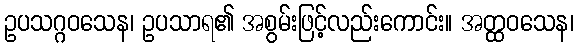
ဥပသဂ္ဂဝသေန၊ ဥပသာရ၏ အစွမ်းဖြင့်လည်းကောင်း။ အတ္ထဝသေန၊